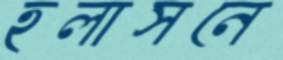
হলাসনে